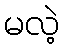
မလဲ့